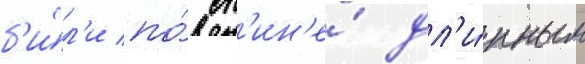
б'и́л'и по́ сп'ин'е́ дл'и́нным